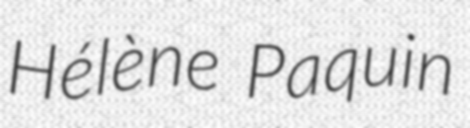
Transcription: Hélène Paquin